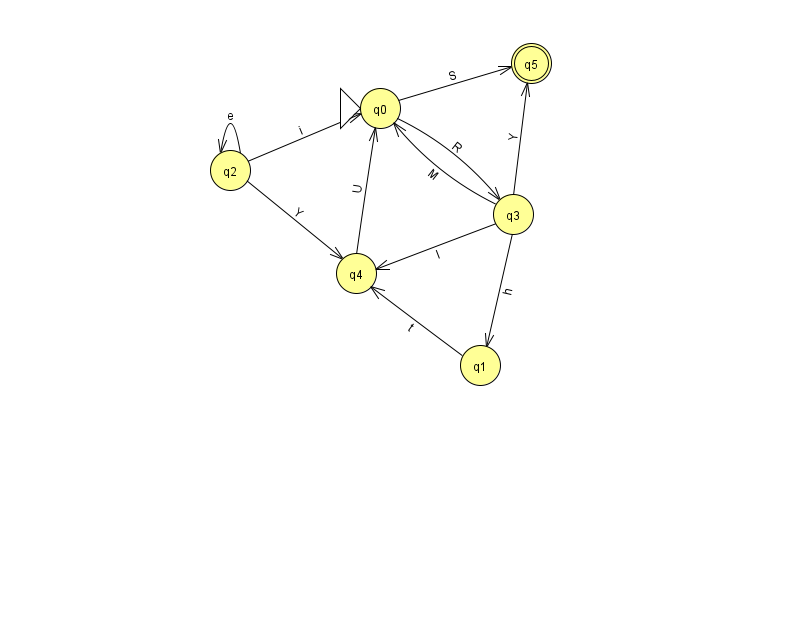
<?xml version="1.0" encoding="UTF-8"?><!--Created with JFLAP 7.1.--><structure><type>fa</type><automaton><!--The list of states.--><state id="0" name="q0"><x>380.0</x><y>95.0</y><initial/></state><state id="1" name="q1"><x>480.0</x><y>352.0</y></state><state id="2" name="q2"><x>230.0</x><y>157.0</y></state><state id="3" name="q3"><x>513.0</x><y>201.0</y></state><state id="4" name="q4"><x>356.0</x><y>260.0</y></state><state id="5" name="q5"><x>531.0</x><y>50.0</y><final/></state><!--The list of transitions.--><transition><from>3</from><to>4</to><read>l</read></transition><transition><from>4</from><to>0</to><read>U</read></transition><transition><from>2</from><to>2</to><read>e</read></transition><transition><from>1</from><to>4</to><read>t</read></transition><transition><from>3</from><to>0</to><read>M</read></transition><transition><from>3</from><to>1</to><read>h</read></transition><transition><from>0</from><to>3</to><read>R</read></transition><transition><from>2</from><to>4</to><read>Y</read></transition><transition><from>2</from><to>0</to><read>i</read></transition><transition><from>0</from><to>5</to><read>S</read></transition><transition><from>3</from><to>5</to><read>Y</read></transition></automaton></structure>